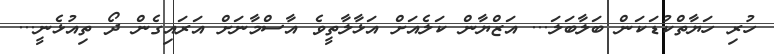
ހުރި ހަޔާތްކުޑަކަން ބަލާބަލަ... އަޒްޔާން ކަލެއަށް އަޅާލާތީވެ އާސްމާނަށް އަރައިގެން ދޯ ތިއުޅެނީ...